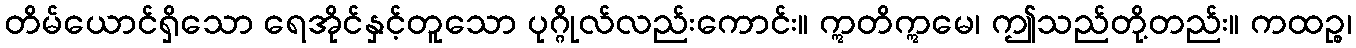
တိမ်ယောင်ရှိသော ရေအိုင်နှင့်တူသော ပုဂ္ဂိုလ်လည်းကောင်း။ ဣတိဣမေ၊ ဤသည်တို့တည်း။ ကထဉ္စ၊